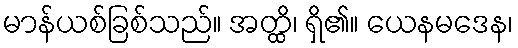
မာန်ယစ်ခြစ်သည်။ အတ္ထိ၊ ရှိ၏။ ယေနမဒေန၊